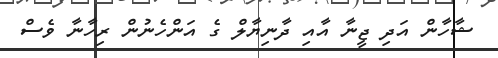
ޝާހާން އަދި ޖީނާ އާއި ދާނިޔާލް ގެ އަންހެނުން ރިހާނާ ވެސް